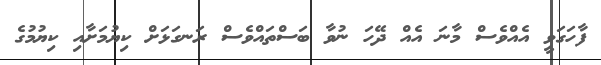
ފާހަގަވީ އެއްވެސް މާނަ އެއް ދޭހަ ނުވާ ބަސްތައްވެސް ރަނގަޅަށް ކިޔުމަށާއި ކިޔުމުގެ